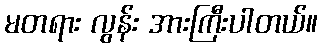
မတရား လွန်း အားကြီးပါတယ်။